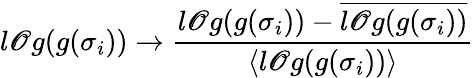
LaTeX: l\mathscr{O}g(g(\sigma_{i}))\rightarrow\frac{{l\mathscr{O}g(g(\sigma_{i}))-\overline{{{l\mathscr{O}g(g(\sigma_{i}))}}}}}{{\langle{l\mathscr{O}g(g(\sigma_{i}))}\rangle}}